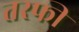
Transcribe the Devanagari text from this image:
तरफी